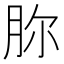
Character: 𣍨